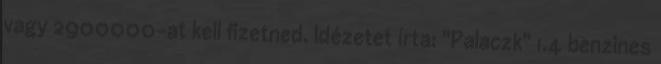
vagy 2900000-at kell fizetned. Idézetet írta: "Palaczk" 1.4 benzines